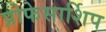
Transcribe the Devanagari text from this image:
प्रोफेसार्शिप